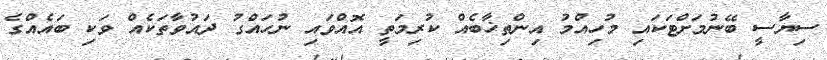
ސިޔާސީ ބޭނުމަށްޓަކައި މުހިއްމު އިންތިޚާބެއް ކުރިމަތީ އޮއްވައި ނުހައްގު ދައުވާތަކެއް ވަކި ބައެއްގެ